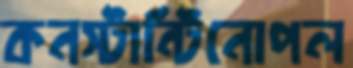
কনস্টান্টিনোপল